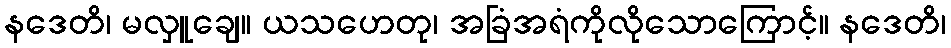
နဒေတိ၊ မလှူချေ။ ယသဟေတု၊ အခြံအရံကိုလိုသောကြောင့်။ နဒေတိ၊